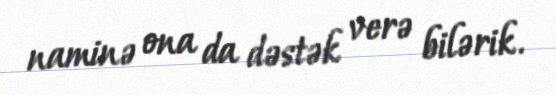
naminə ona da dəstək verə bilərik.